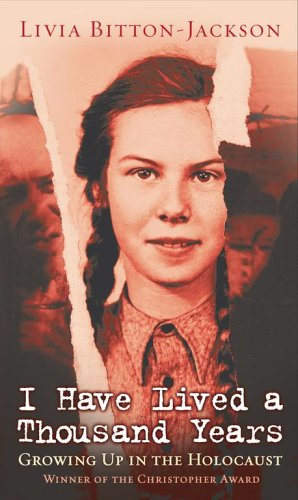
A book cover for I Have Lived A Thousand Years: Growing Up In The Holocaust; Livia Bitton-Jackson; Biographies & Memoirs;